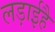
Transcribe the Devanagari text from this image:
लड़ाईहै